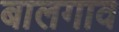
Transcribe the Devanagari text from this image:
बालगाव